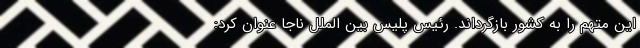
این متهم را به کشور بازگرداند. رئیس پلیس بین الملل ناجا عنوان کرد: